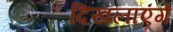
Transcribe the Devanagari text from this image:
दिखलाएंगे